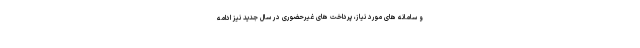
و سامانه های مورد نیاز، پرداخت های غیرحضوری در سال جدید نیز ادامه